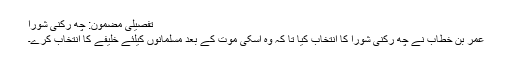
تفصیلی مضمون: چھ رکنی شورا
عمر بن خطاب نے چھ رکنی شورا کا انتخاب کیا تا کہ وہ اسکی موت کے بعد مسلمانوں کیلئے خلیفے کا انتخاب کرے۔